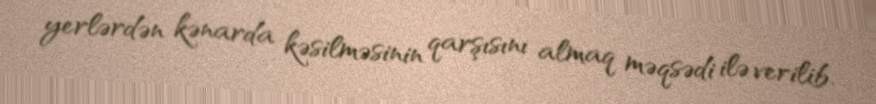
yerlərdən kənarda kəsilməsinin qarşısını almaq məqsədi ilə verilib.